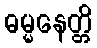
ဓမ္မနေတ္တိ